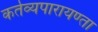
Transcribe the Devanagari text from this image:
कर्तव्यपारायण्ता